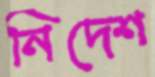
নিদেশ